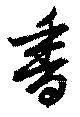
香